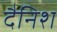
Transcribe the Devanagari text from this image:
दैनिश